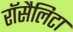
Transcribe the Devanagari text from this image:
रॉसैलिटा